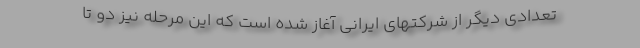
تعدادی دیگر از شرکتهای ایرانی آغاز شده است که این مرحله نیز دو تا